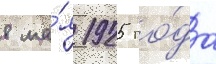
8 ма́я 1925 го́да